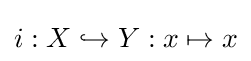
i:X\hookrightarrow Y:x\mapsto x